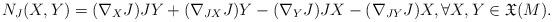
LaTeX: \begin{align*}N_J(X,Y) =(\nabla_X J) JY + (\nabla_{JX} J) Y - (\nabla_Y J) JX -(\nabla_{JY} J) X, \forall X, Y \in {\mathfrak X} (M).\end{align*}